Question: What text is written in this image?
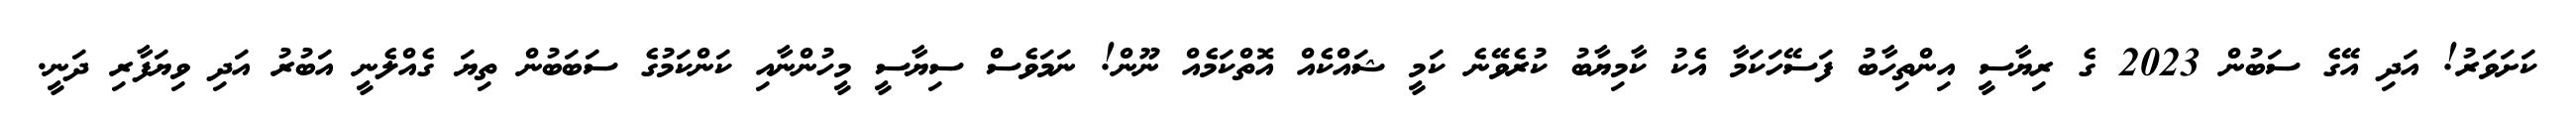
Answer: ކަށަވަރު! އަދި އޭގެ ސަބުން 2023 ގެ ރިޔާސީ އިންތިހާބު ފަސޭހަކަމާ އެކު ކާމިޔާބު ކުރެވޭނެ ކަމީ ޝައްކެއް އޮތްކަމެއް ނޫން! ނަމަވެސް ސިޔާސީ މީހުންނާއި ކަންކަމުގެ ސަބަބުން ތިޔަ ގެއްލެނީ އަބުރު އަދި ވިޔަފާރި ދަނީ.